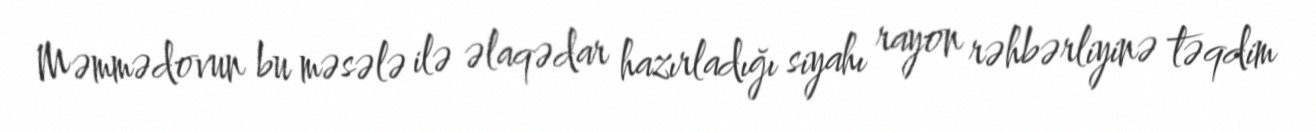
Məmmədovun bu məsələ ilə əlaqədar hazırladığı siyahı rayon rəhbərliyinə təqdim